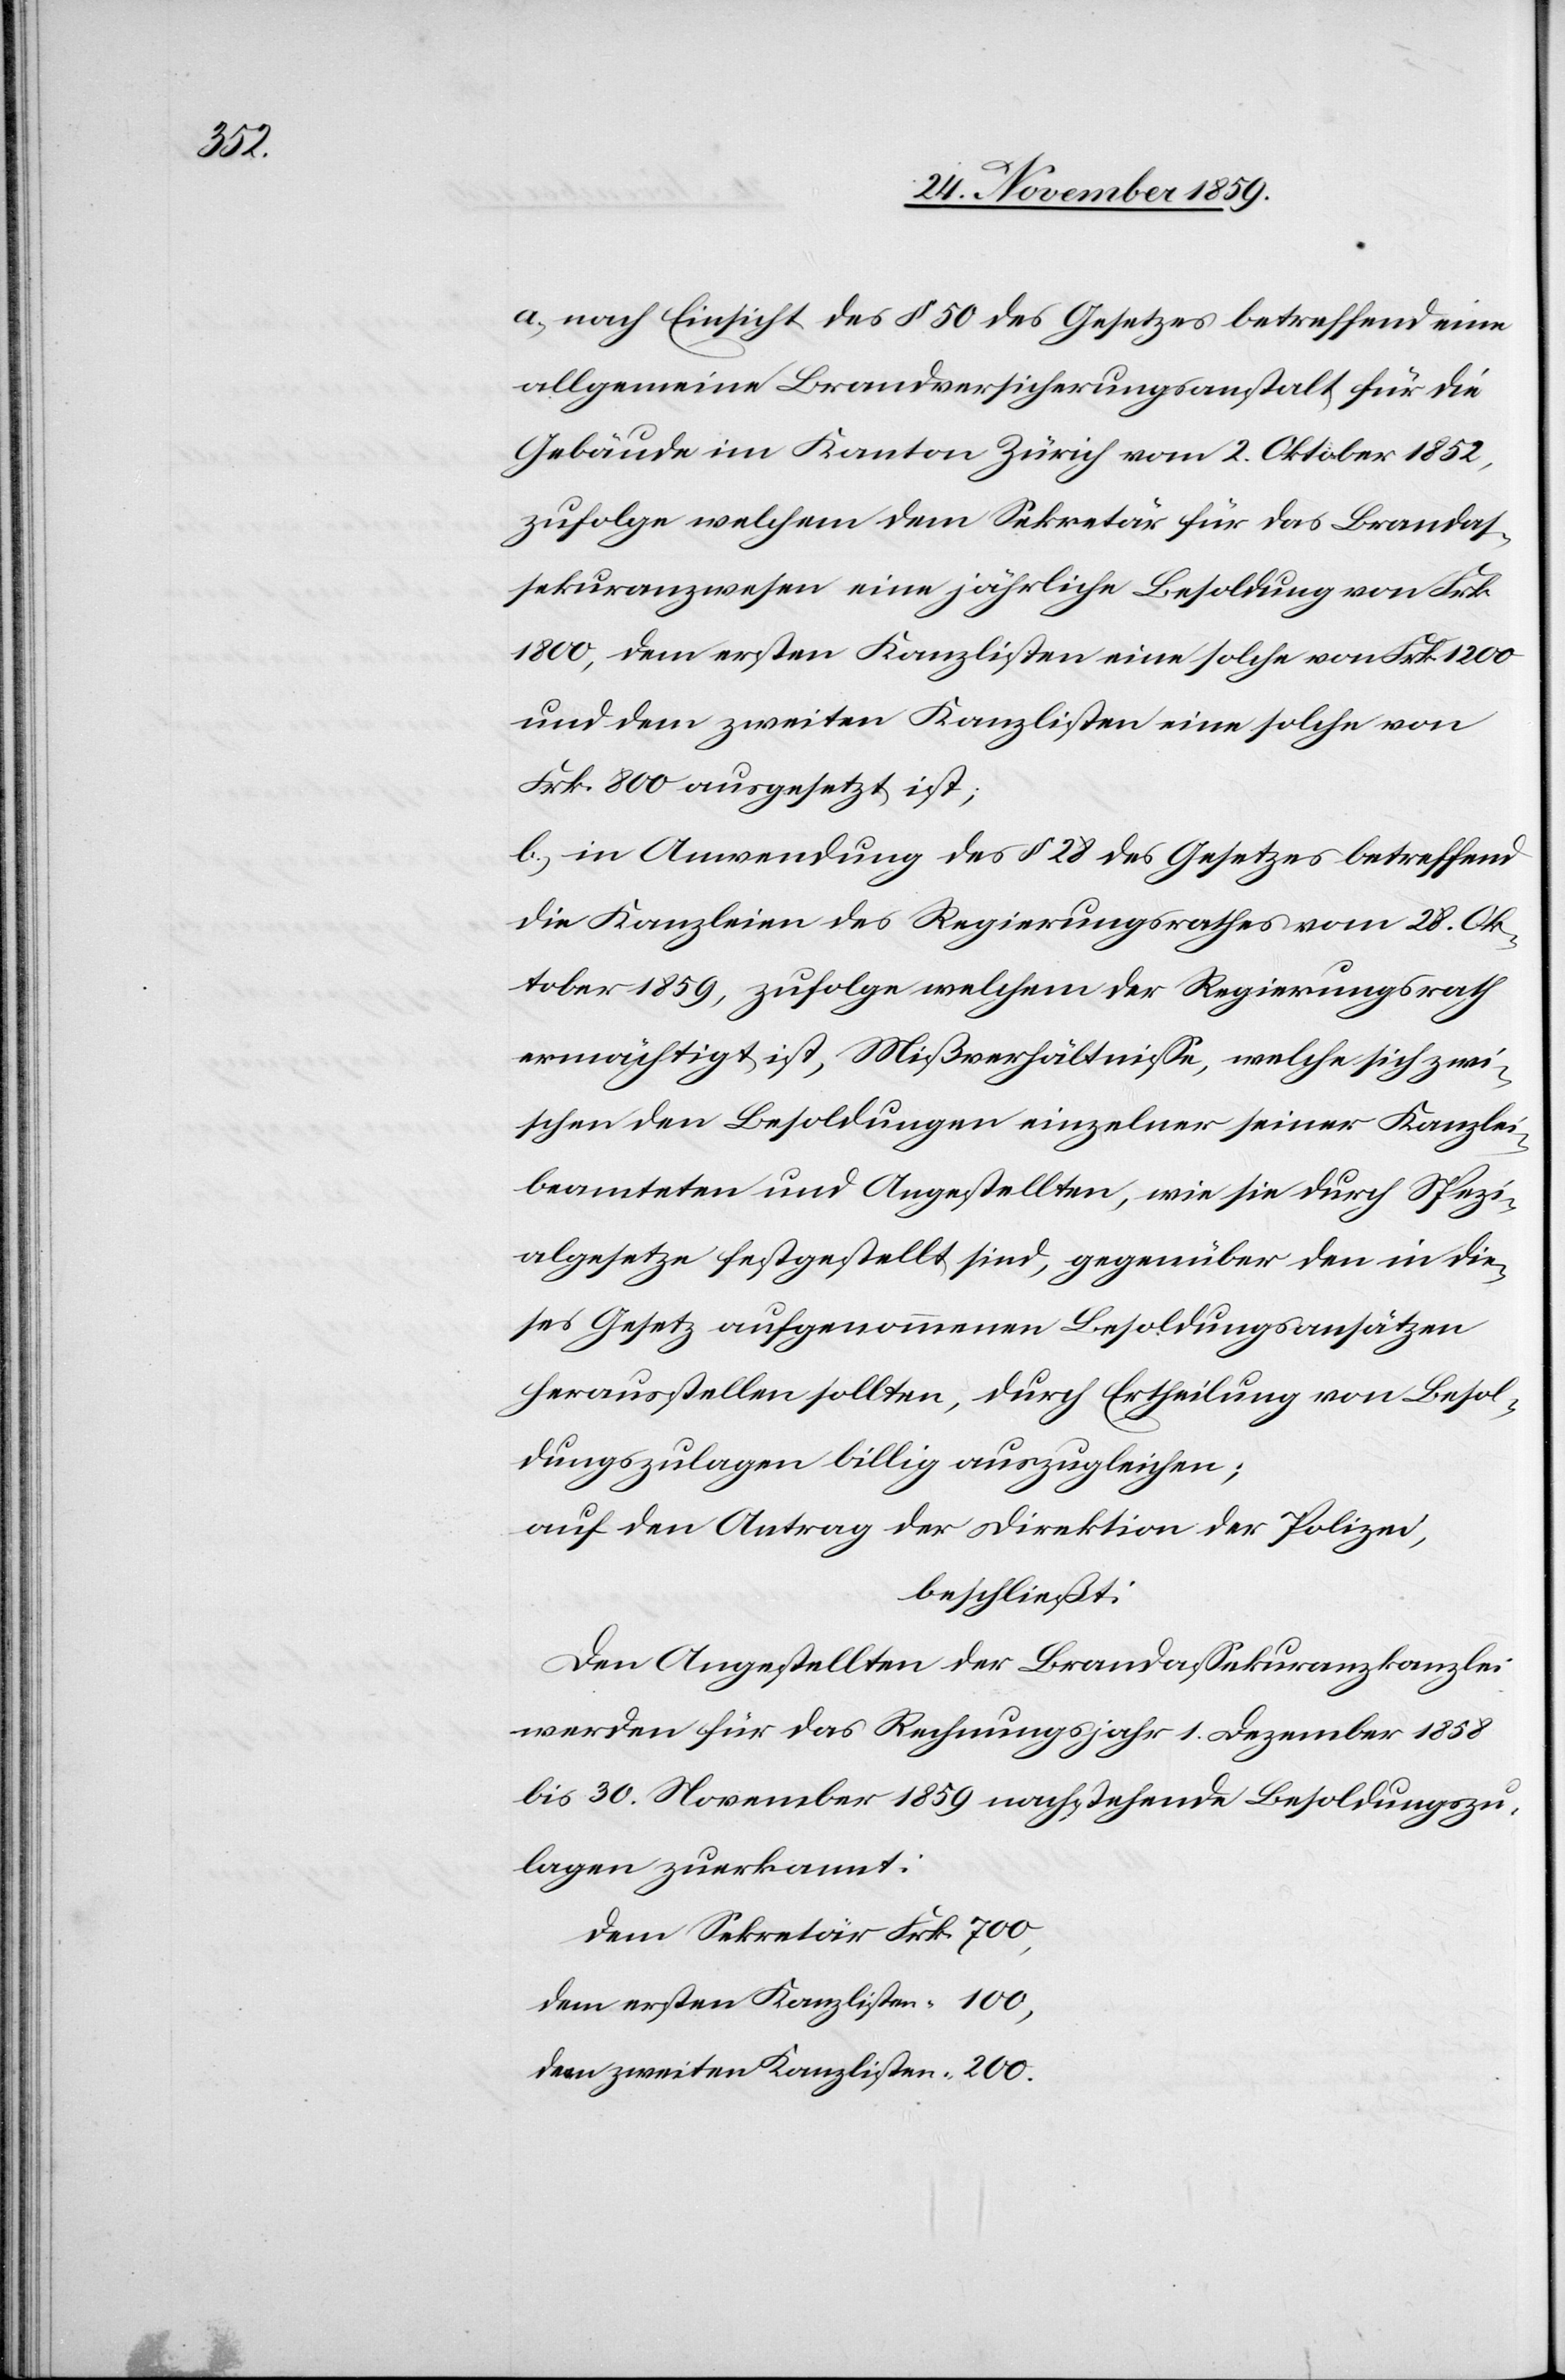
200.

a.) nach Einsicht des § 50 des Gesetzes betreffend eine
allgemeine Brandversicherungsanstalt für die
Gebäude im Kanton Zürich vom 2. Oktober 1852,
zufolge welchem dem Sekretär für das Brandas¬
sekuranzwesen eine jährliche Besoldung von Frk.
1800, dem ersten Kanzlisten eine solche von Frk. 1200
und dem zweiten Kanzlisten eine solche von
Frk. 800 ausgesetzt ist;
b) in Anwendung des § 28 des Gesetzes betreffend
die Kanzleien des Regierungsrathes vom 28. Ok¬
tober 1859, zufolge welchem der Regierungsrath
ermächtigt ist, Mißverhältnisse, welche sich zwi¬
schen den Besoldungen einzelner seiner Kanzlei¬
beamteten und Angestellten, wie sie durch Spezi¬
algesetze festgestellt sind, gegenüber den in die¬
ses Gesetz aufgenommenen Besoldungsansätzen
herausstellen sollten, durch Ertheilung von Besol¬
dungszulagen billig auszugleichen;
auf Antrag der Direktion der Polizei,
beschließt:
Den Angestellten der Brandassekuranzkanzlei
werden für das Rechnungsjahr 1. Dezember 1858
bis 30. November 1859 nachstehende Besoldungszu¬
lagen zuerkannt.
dem ersten Kanzlisten
dem zweiten Kanzlisten